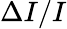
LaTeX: \Delta I/I